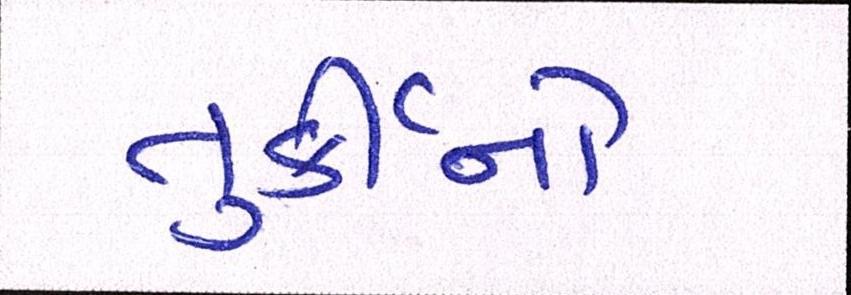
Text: તુર્કીનો